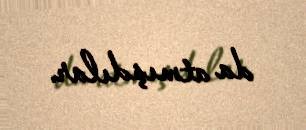
da atmışdılar.